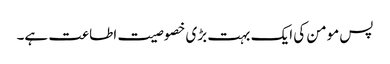
پس مومن کی ایک بہت بڑی خصوصیت اطاعت ہے۔